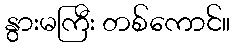
နွားမကြီး တစ်ကောင်။